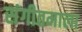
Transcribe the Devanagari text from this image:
संगीतमाला